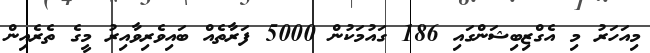
މިއަހަރު މި އެގްޒިބިޝަންގައި 186 ގައުމަކުން 5000 ފަރާތެއް ބައިވެރިވާއިރު މީގެ ތެރެއިން